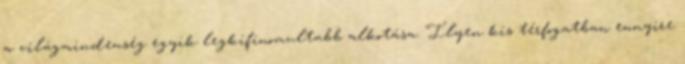
a világmindenség egyik legkifinomultabb alkotása. Ilyen kis térfogatban ennyire